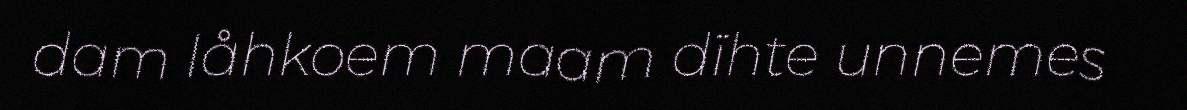
dam låhkoem maam dïhte unnemes